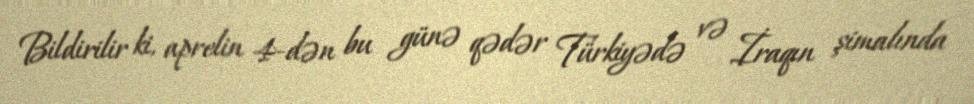
Bildirilir ki, aprelin 4-dən bu günə qədər Türkiyədə və İraqın şimalında